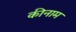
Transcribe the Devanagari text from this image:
कीनाम